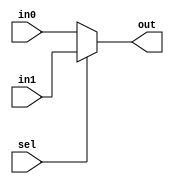
`timescale 1ns / 1ps
//////////////////////////////////////////////////////////////////////////////////
// Company: 
// Engineer: 
// 
// Design Name: 
// Module Name: alu
// Project Name: 
// Target Devices: 
// Tool Versions: 
// Description: 
// 
// Dependencies: 
// 
// Revision:
// Revision 0.01 - File Created
// Additional Comments:
// 
//////////////////////////////////////////////////////////////////////////////////
module mux_2x1(out, in0 , in1 , sel);
    parameter Mbit=32;
    output reg [Mbit-1:0] out;
    input [Mbit-1:0] in0 , in1 ;
    input sel;
    always @(in0,in1,sel)
    begin
        if(sel)
            out<=in1;
        else
            out<=in0;
    end
endmodule